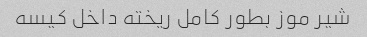
شیر موز بطور کامل ریخته داخل کیسه